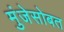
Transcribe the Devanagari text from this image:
मुंजेसोबत